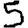
Digit: 5